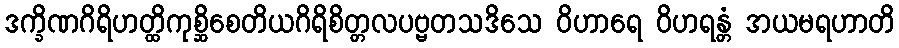
ဒက္ခိဏဂိရိဟတ္ထိကုစ္ဆိစေတိယဂိရိစိတ္တလပဗ္ဗတသဒိသေ ဝိဟာရေ ဝိဟရန္တံ အယမရဟာတိ